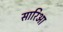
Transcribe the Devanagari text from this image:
सारिआ